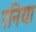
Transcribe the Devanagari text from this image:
रनिया